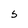
Character: 5